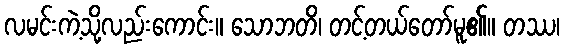
လမင်းကဲ့သို့လည်းကောင်း။ သောဘတိ၊ တင့်တယ်တော်မူ၏။ တဿ၊